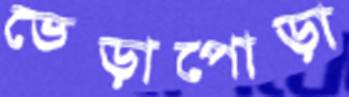
ভেড়াপোড়া